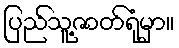
ပြည်သူ့ဇာတ်ရုံမှာ။